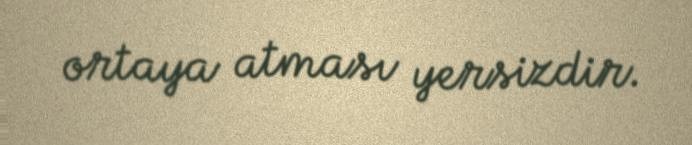
ortaya atması yersizdir.